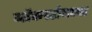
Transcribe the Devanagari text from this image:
ब्लॅकस्टोनच्या